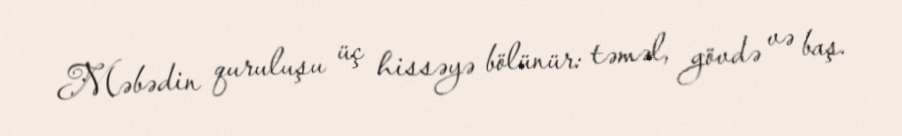
Məbədin quruluşu üç hissəyə bölünür: təməl, gövdə və baş.